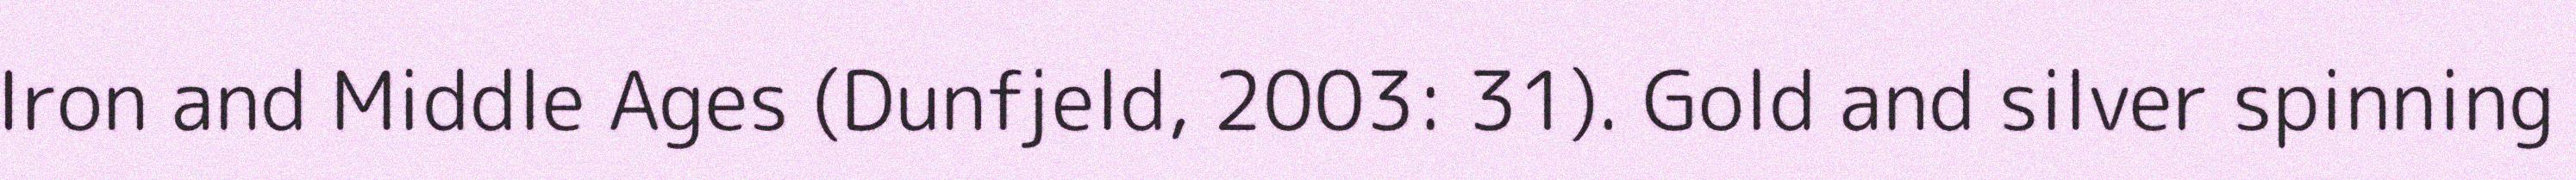
Iron and Middle Ages (Dunfjeld, 2003: 31). Gold and silver spinning